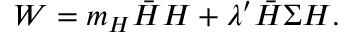
W = m _ { H } \bar { H } H + \lambda ^ { \prime } \bar { H } \Sigma H .